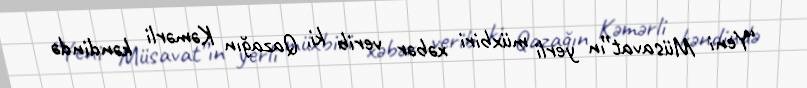
“Yeni Müsavat”ın yerli müxbiri xəbər verib ki, Qazağın Kəmərli kəndində